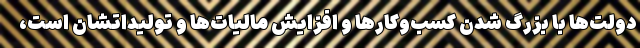
دولت‌ها با بزرگ شدن کسب‌وکارها و افزایش مالیات‌ها و تولیداتشان است،